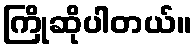
ကြိုဆိုပါတယ်။